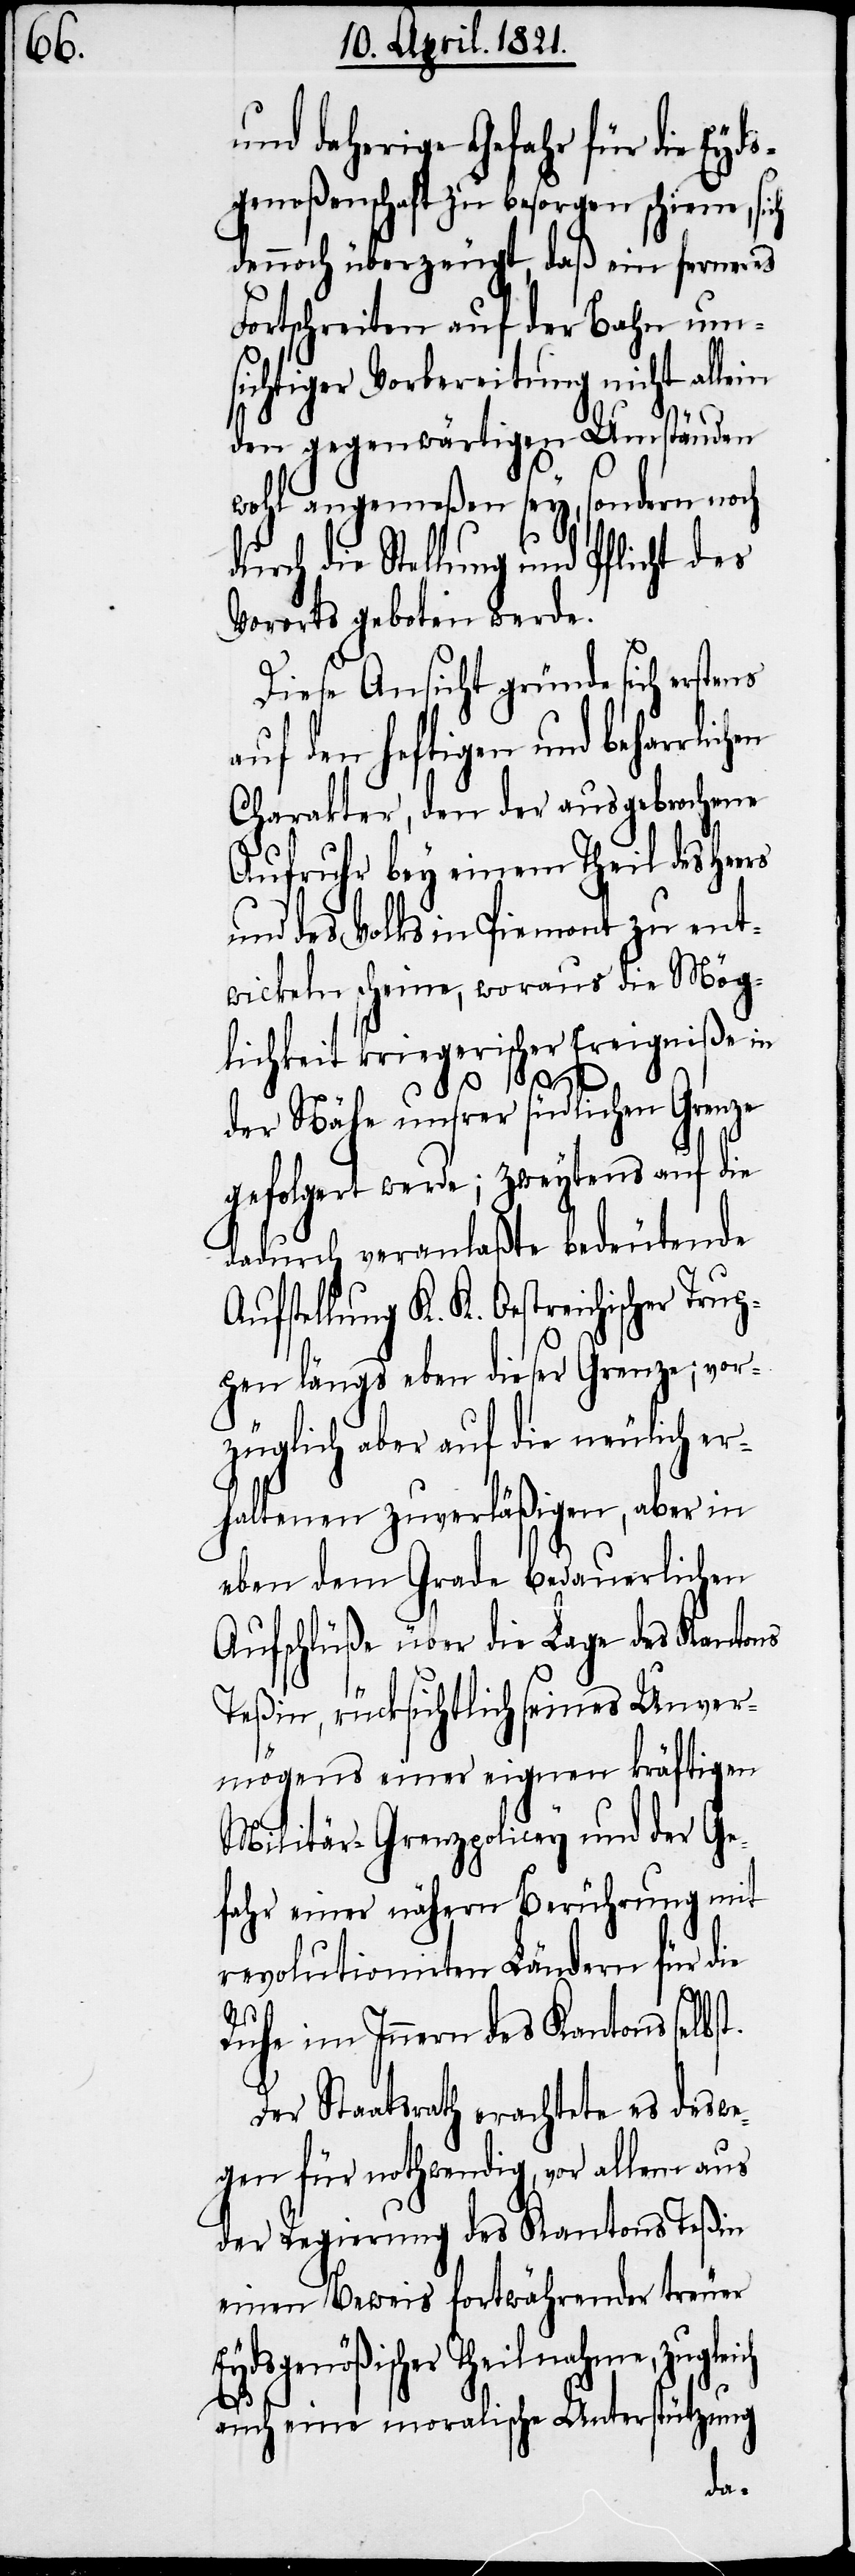
und daherige Gefahr für die Eyd¬
sgenoßenschaft zu besorgen schiene, sich
dennoch überzeugt, daß ein ferneres
Fortschreiten auf der Bahn um¬
sichtiger Vorbereitung nicht allein
den gegenwärtigen Umständen
wohl angemeßen sey, sondern noch
durch die Stellung und Pflicht des
Vororts geboten werde.
Diese Ansicht gründe sich erstens
auf den heftigen und beharrlic¬
Charakter, den der ausgebrochene
Aufruhr bey einem Theil des Heers
und des Volkes in Piemont zu ent¬
wickeln scheine, woraus die Mög¬
lichkeit kriegerischer Ereigniße in
eich
der Nähe unsrer südlichen Grenze
gefolgert werde; zweytens auf die
dadurch veranlaßte bedeutende
ufstellung K. K. Oestreichischer Tru¬
pen längs eben dieser Grenze; vor¬
züglich aber auf die neulich er¬
haltenen zuverläßigen, aber in
eben dem Grade bedauerlichen
Aufschlüße über die Lage des Kantons
Teßin, rücksichtlich seines Unver¬
mögens einer eignen kräftigen
Militär-Grenzpolicey und der Ge¬
fahr einer nähern Berührung mit
revolutionirten Ländern für die
p¬
Ruhe im Innern des Kantons selbst.
Der Staatsrath erachtete es deswe¬
gen für nothwendig, vor allem aus
der Regierung des Kantons Teßin
einen Beweis fortwährender treuer
Eydsgenößischer Theilnahme, zugl¬
auch eine moralische Unterstützung
hen